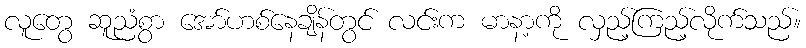
လူတွေ ဆူညံစွာ အော်ဟစ်နေချိန်တွင် လင်းက မာနာ့ကို လှည့်ကြည့်လိုက်သည်။